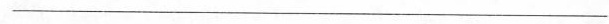
___